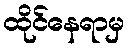
ထိုင်နေရာမှ